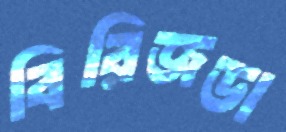
বিরিজডা